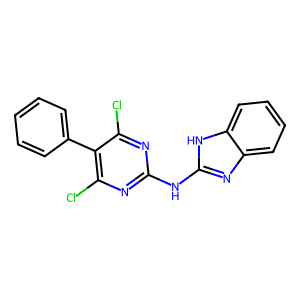
SMILES: Clc1nc(Nc2nc3ccccc3[nH]2)nc(Cl)c1-c1ccccc1
Inhibits HIV replication: No